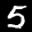
Label: 5